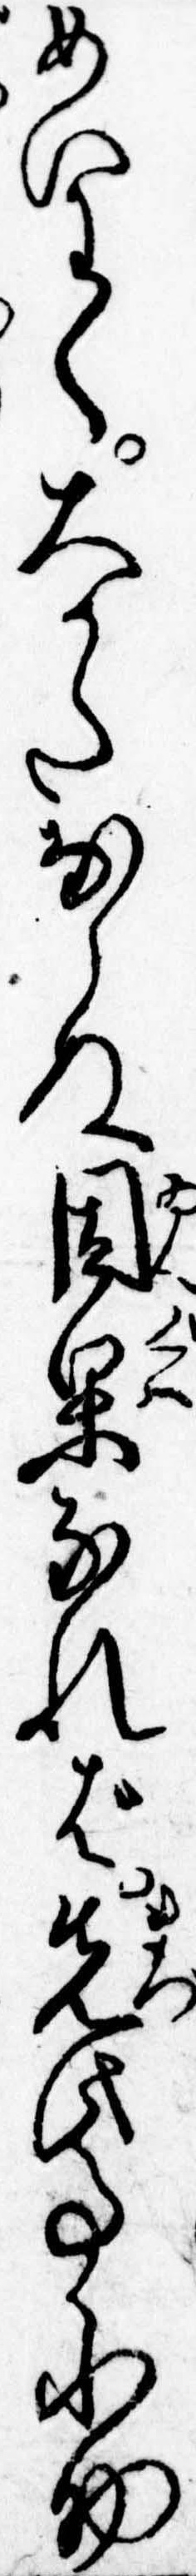
めいわく大かたならぬ因果なれば先此事小助